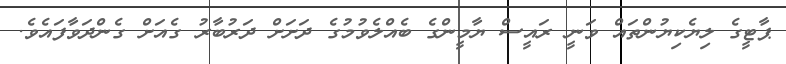
ޕާޓީގެ ލިޔެކިޔުންތައް ވަނީ ރައީސް ޔާމީންގެ ބެއްލެވުމުގެ ދަަށަށް ދަރުބާރު ގެއަށް ގެންދަވާފައެވެ.